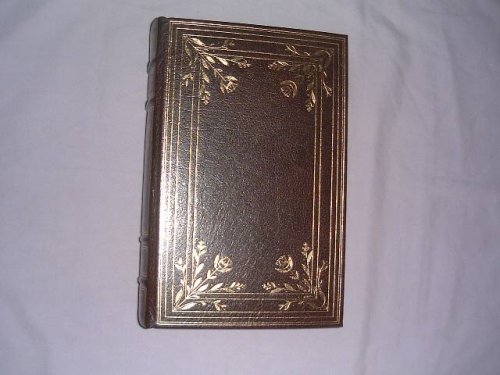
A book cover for The CANTERBURY TALES; Geoffrey Chaucer; Literature & Fiction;